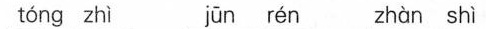
tóng zhì jūn rén zhàn shì